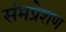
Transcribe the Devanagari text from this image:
संमप्रेशण